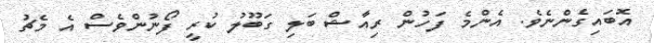
އޮބައިގެންނެވެ. އެންމެ ފަހުން ރިއާޝް ބަލި ގަބޫލު ކުރީ ފޯނުންވެސް އެ މެޗު